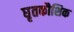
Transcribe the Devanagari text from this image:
घृतकौशिक